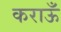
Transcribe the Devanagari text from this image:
कराऊँ